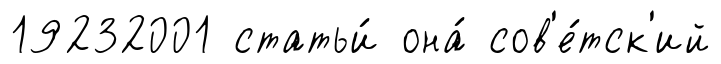
19232001 статьи́ она́ сов'е́тск'ий